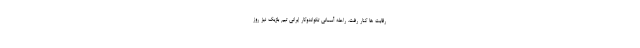
رقابت ها کنار رفت. راحله آسمانی تکواندوکار ایرانی تیم بلژیک نیز روز